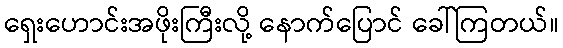
ရှေးဟောင်းအဖိုးကြီးလို့ နောက်ပြောင် ခေါ်ကြတယ်။